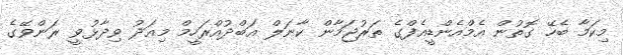
މިކަމާ ބެހޭ ގޮތުން އެމްއެންޑީއެފްގެ ތަރުޖަމާން ކާނަލް އަބްދުއްރަހީމް މިއަދު ވިދާޅުވީ ރަންވޭގެ